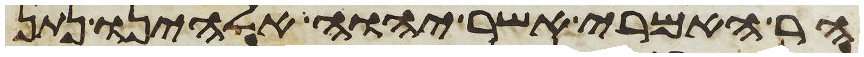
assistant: הר האמרי אשר יהוה אלהינו נתן